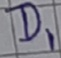
Text: D1